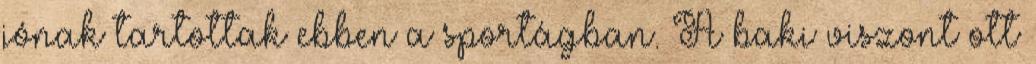
jónak tartottak ebben a sportágban. A baki viszont ott